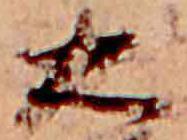
大